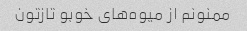
ممنونم از میوه‌های خوبو تازتون